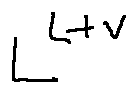
L ^ { L + V }